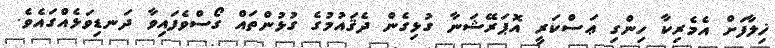
ޚިލާފަށް އެމެރިކާ ހިންގި ޢަސްކަރީ އޮޕަރޭޝަނާ ގުޅިގެން ދެޤައުމުގެ ގުޅުންތައް ގޯސްވެފައިވާ ދަނޑިވަޅެއްގައެވެ.